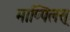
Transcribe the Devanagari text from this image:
माप्पिलस्